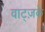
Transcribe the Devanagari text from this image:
वाट्ज़के